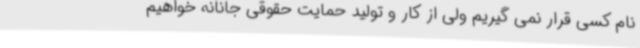
نام کسی قرار نمی گیریم ولی از کار و تولید حمایت حقوقی جانانه خواهیم